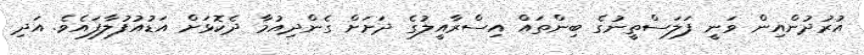
އުރުދުންއިން ވަނީ ފަލަސްތީނުގެ ބިންތައް އިސްރާއީލުގެ ދަށަށް ގެންދިއުމާ ދެކޮޅަށް އަޑުއުފުލާފައެވެ. އަދި